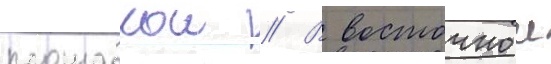
площадкои // В восточнои